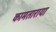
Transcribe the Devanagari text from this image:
कामताराया